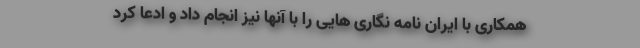
همکاری با ایران نامه نگاری هایی را با آنها نیز انجام داد و ادعا کرد